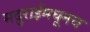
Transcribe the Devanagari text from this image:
मदुराईमधूनच